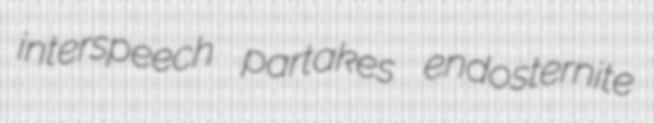
interspeech partakes endosternite